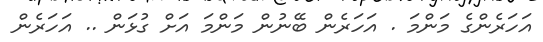
އަހަރެންގެ މަންމަ . އަހަރެން ބޭނުން މަންމަ އަށް ގުޅަން .. އަހަރެން